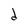
Character: d